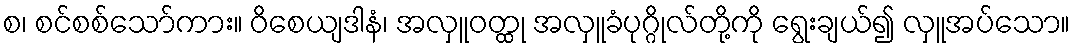
စ၊ စင်စစ်သော်ကား။ ဝိစေယျဒါနံ၊ အလှူဝတ္ထု အလှူခံပုဂ္ဂိုလ်တို့ကို ရွေးချယ်၍ လှူအပ်သော။